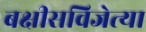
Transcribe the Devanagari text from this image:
बक्षीसविजेत्या